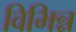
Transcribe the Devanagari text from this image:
विभिन्न